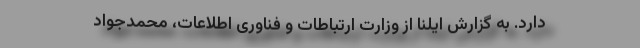
دارد. به گزارش ایلنا از وزارت ارتباطات و فناوری اطلاعات، محمدجواد